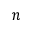
n